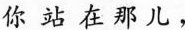
你站在那儿，